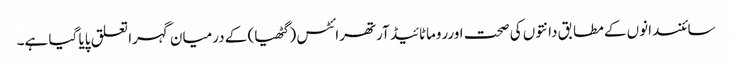
سائنسدانوں کے مطابق دانتوں کی صحت اورروماٹائیڈ آرتھرائٹس ( گٹھیا) کے درمیان گہرا تعلق پایا گیا ہے۔